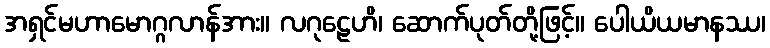
အရှင်မဟာမောဂ္ဂလာန်အား။ လဂုဠေဟိ၊ ဆောက်ပုတ်တို့ဖြင့်။ ပေါယိယမာနဿ၊